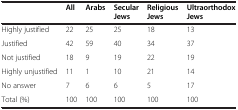
|  | All | Arabs | Secular Jews | Religious Jews | Ultraorthodox Jews |
 | --- | --- | --- | --- | --- | --- |
 | Highly justified | 22 | 25 | 25 | 18 | 13 |
 | Justified | 42 | 59 | 40 | 34 | 37 |
 | Not justified | 18 | 9 | 19 | 22 | 19 |
 | Highly unjustified | 11 | 1 | 10 | 21 | 14 |
 | No answer | 7 | 6 | 6 | 5 | 17 |
 | Total (%) | 100 | 100 | 100 | 100 | 100 |